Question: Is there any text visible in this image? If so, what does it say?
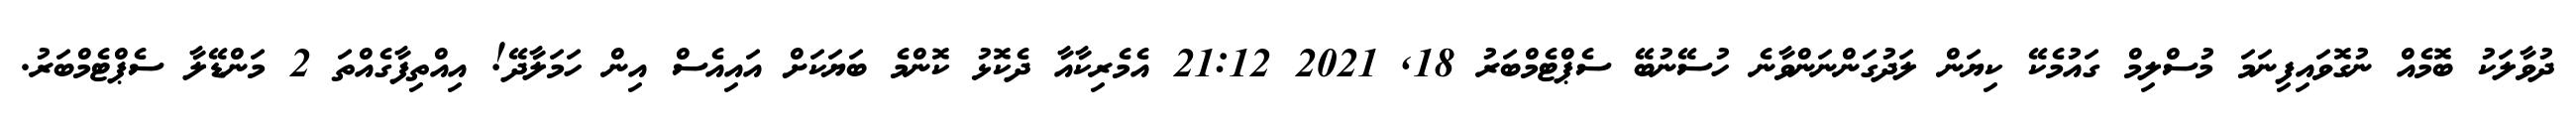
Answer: ދުވާލަކު ބޮމެއް ނުގޮވައިފިނަމަ މުސްލިމް ގައުމެކޭ ކިޔަން ލަދުގަންނަންވާނެ ހުސޭނުބޭ ސެޕްޓެމްބަރު 18, 2021 21:12 އެމެރިކާއާ ދެކޮޅު ކޮންމެ ބަޔަކަށް އައިއެސް އިން ހަމަލާދޭ! އިއްތިފާގެއްތަ 2 މަންޑޭލާ ސެޕްޓެމްބަރު.